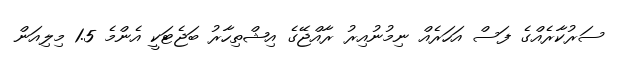
ސަރުކާރެއްގެ ފަސް އަހަރެއް ނިމުނުއިރު ރާއްޖޭގެ އިޝްތިހާރު ބަޖެޓަކީ އެންމެ 1.5 މިލިއަން